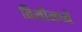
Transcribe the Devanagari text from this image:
तिशीमध्ये